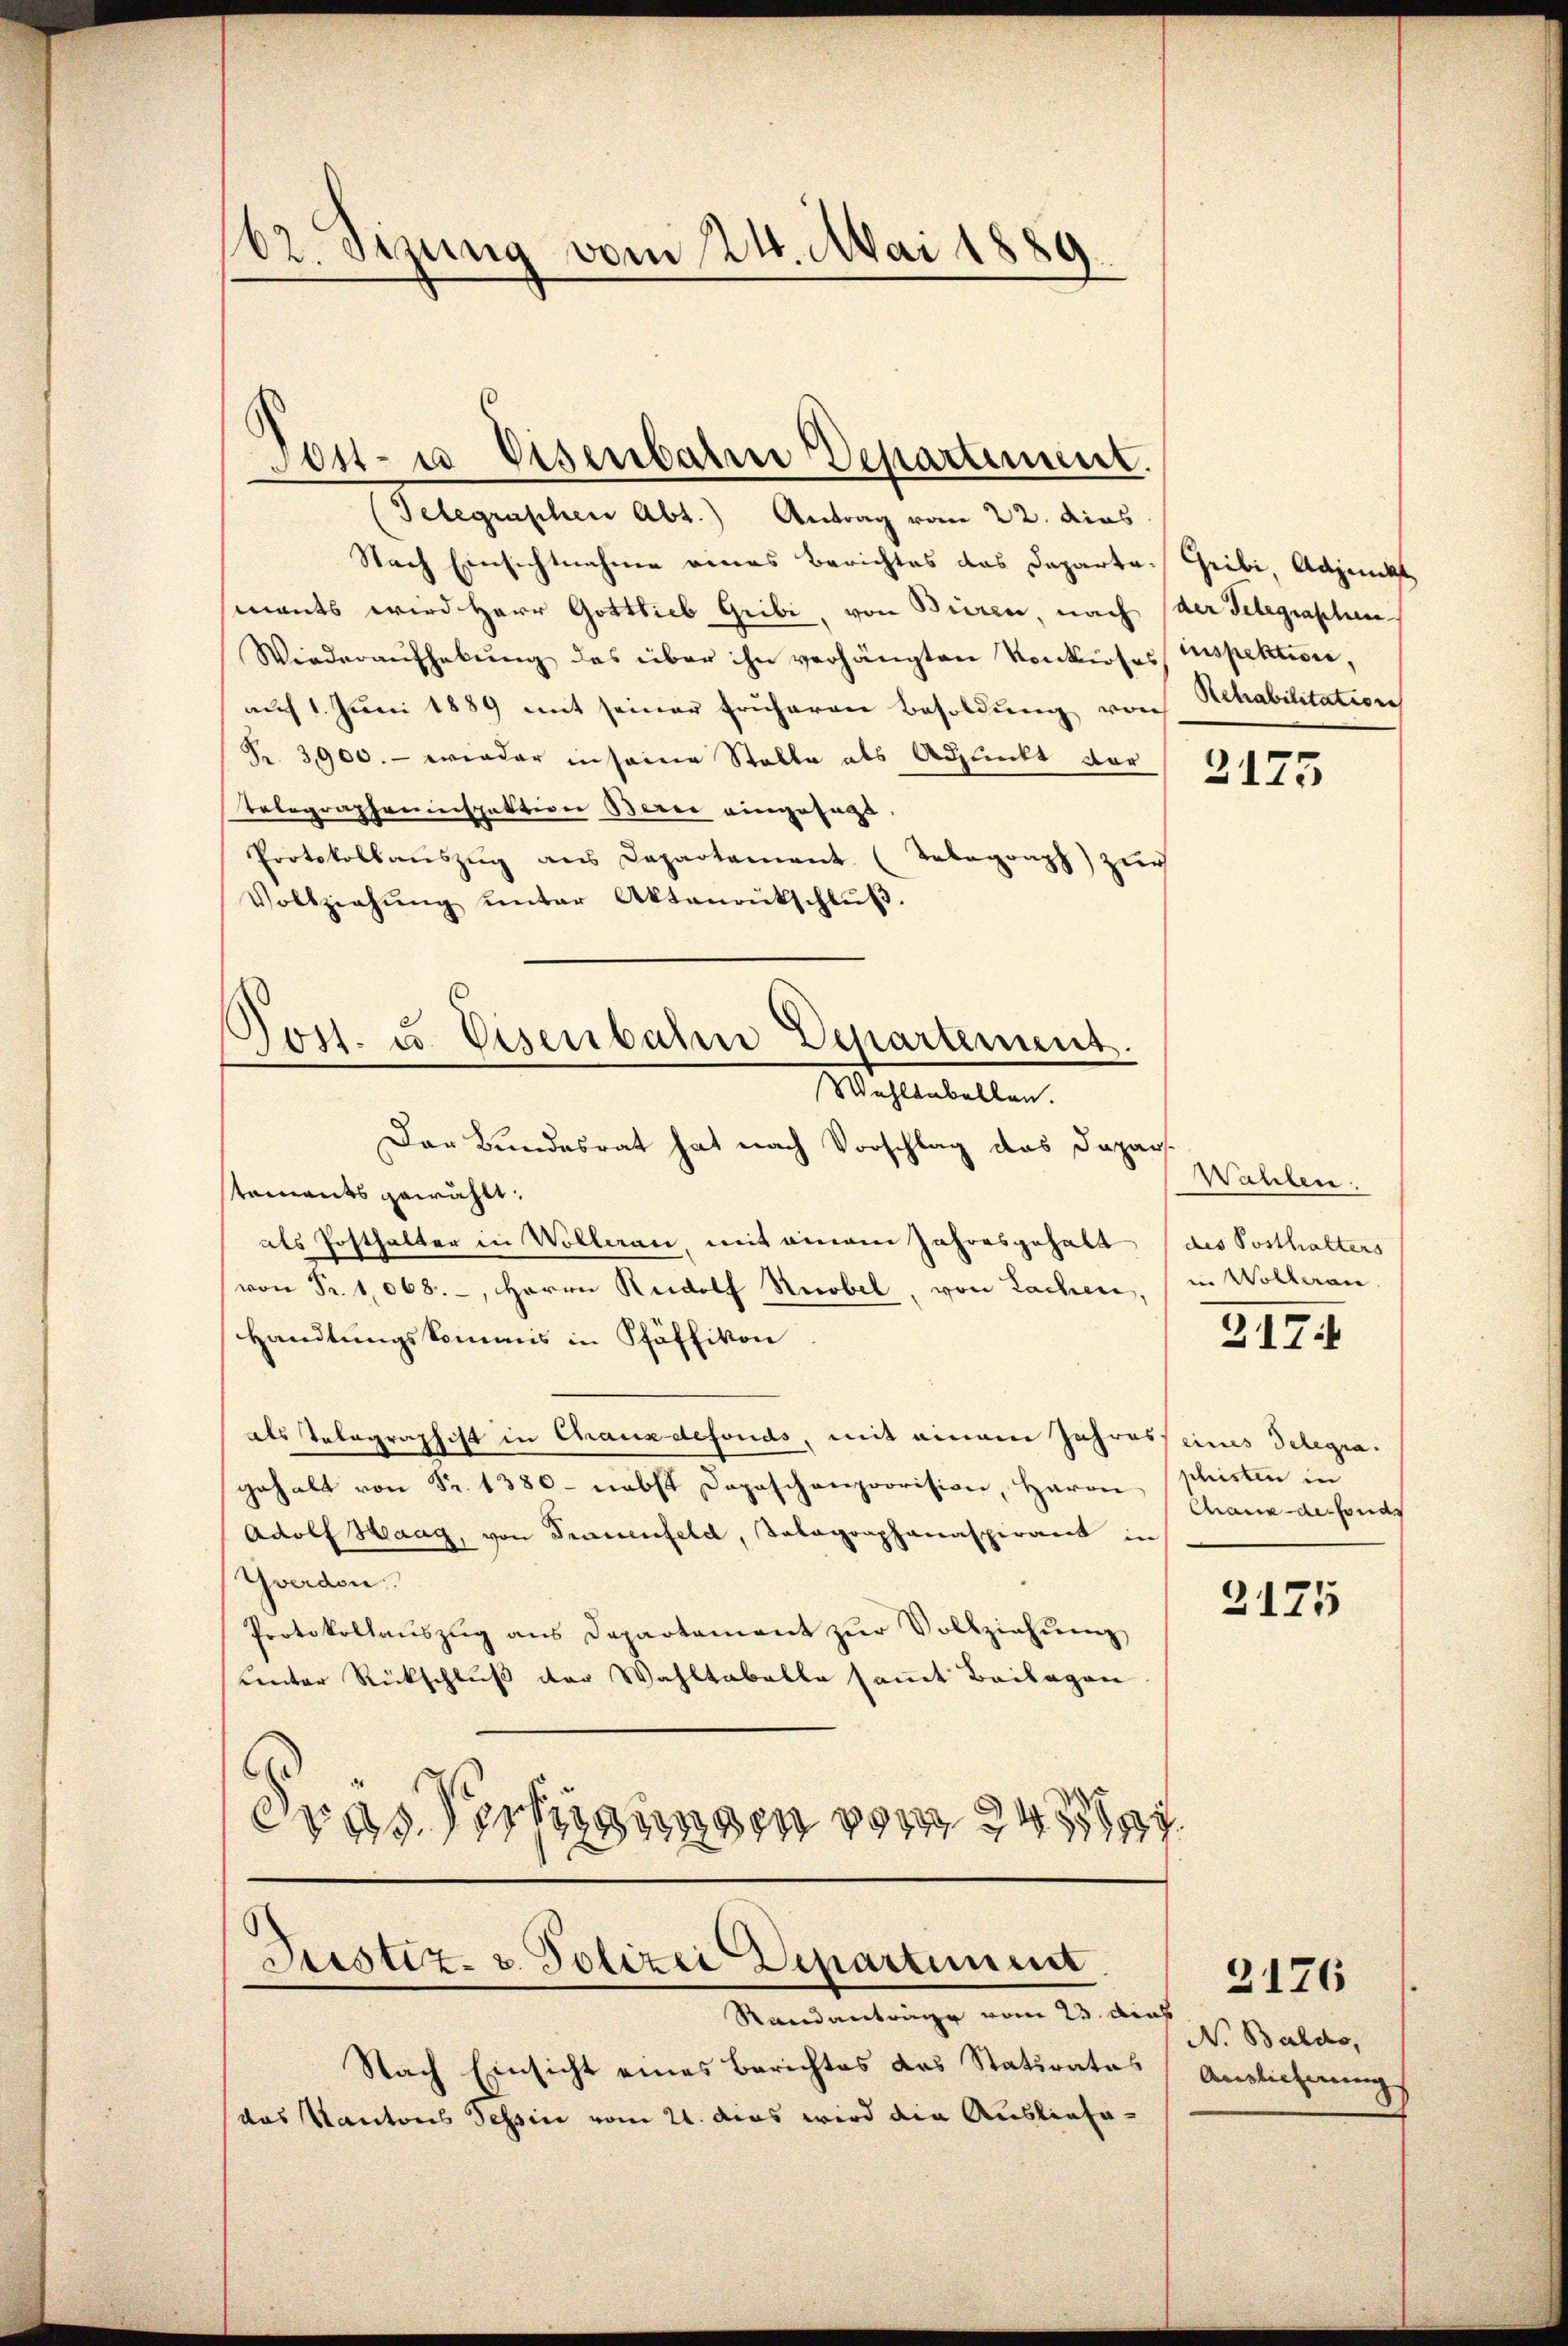
162. Sizung vom 24. Mai 1889.

Tost- u Eisenbarme Departement.

Post. u. Eisenbahn Departement.
Mastentellen,

(Telegraphen Abt.) Antrag vom 22. dies
Nach Einsichtnahme eines Berichtes das Departa-Gribi, Adjunkt
mants wird Herr Gottlieb Gribi, von Bieren, nach der Telegraphen¬
Wiederaŭfhebŭng des über ihn verhängten Konkurses Inspektion,
auf 1. Juni 1889 mit seiner früheren Besoldung von Schabilitation
Fr. 3900.- wieder in seine Stelle als Adjunkt dar
Telegrapheninspektion Berei eingesagt.
Protokollauszug aus Departement (Telegraph) zur
Vollziehŭng ŭnter Aktenrutschlŭβ.
Der Bundesrat hat nach Vorschlag des Dapar
stements gewählt:
als Posthalter in Wolleran, mit einem Jahresgehalt (des Posthalters
von Fr. 1068.-, Herrn Rudolf Knobel, von Lachen, in Wolleran
Handlungskommis in Pfäffikon
als Telegraphist in Chauxdefonds, mit einem Jahresseines Delegragehalt von Fr. 1380 - nebst Depeschenprovision, Haron
Adolf Haag, von Frauenfeld, Talagraphanaspirant in
Yverdon
Protokollaŭszŭg ans Departement zŭr Vollziehŭng
unter Rückschluß der Wahltabelle sammt Beilagen
eras Verfügungen vom 24

Justiz- u. Polizei Departemen

Randantrage vom 23. Auch
Nach Einsicht eines Berichtes das Statirates Anglicherung
das Kantons Tessin vom 21. dies wird die Ausliefe¬

2175

Wahlen.

317.

shisten in
Chaux-de-Fonds

2175

No Baldo,

3176